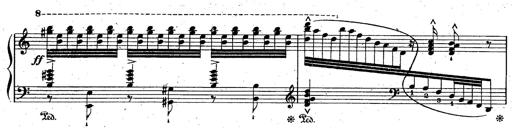
Title: God Save the Queen
Composer: Charles LÃ©on Hess
Key: A major